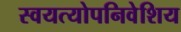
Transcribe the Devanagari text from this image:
स्वयत्योपनिवेशिय